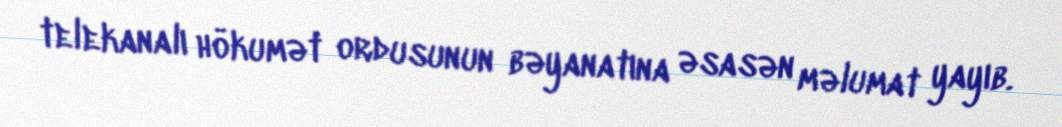
telekanalı hökumət ordusunun bəyanatına əsasən məlumat yayıb.